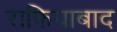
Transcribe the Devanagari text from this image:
राफियाबाद